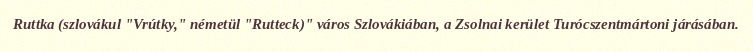
Ruttka (szlovákul "Vrútky," németül "Rutteck)" város Szlovákiában, a Zsolnai kerület Turócszentmártoni járásában.